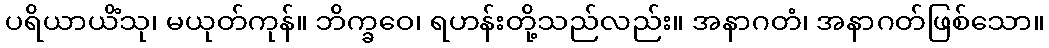
ပရိယာယိံသု၊ မယုတ်ကုန်။ ဘိက္ခဝေ၊ ရဟန်းတို့သည်လည်း။ အနာဂတံ၊ အနာဂတ်ဖြစ်သော။